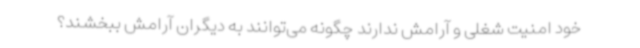
خود امنیت شغلی و آرامش ندارند چگونه می‌توانند به دیگران آرامش ببخشند؟